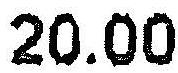
20.00